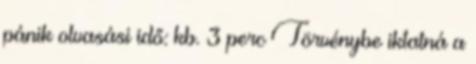
pánik olvasási idő: kb. 3 perc Törvénybe iktatná a